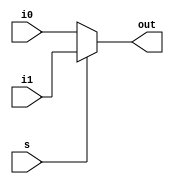
module mult2_to_1_5bit(i0, i1, s, out);
input [4:0] i0, i1;
input s;
output [4:0] out;
assign out = s ? i1:i0;
endmodule